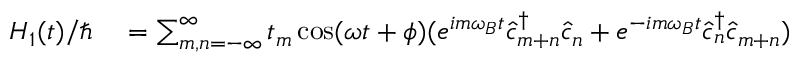
\begin{array} { r l } { H _ { 1 } ( t ) / \hbar } & { { } = \sum _ { m , n = - \infty } ^ { \infty } t _ { m } \cos ( \omega t + \phi ) ( e ^ { i m \omega _ { B } t } \hat { c } _ { m + n } ^ { \dagger } \hat { c } _ { n } + e ^ { - i m \omega _ { B } t } \hat { c } _ { n } ^ { \dagger } \hat { c } _ { m + n } ) } \end{array}